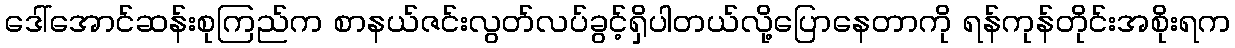
ဒေါ်အောင်ဆန်းစုကြည်က စာနယ်ဇင်းလွတ်လပ်ခွင့်ရှိပါတယ်လို့ပြောနေတာကို ရန်ကုန်တိုင်းအစိုးရက